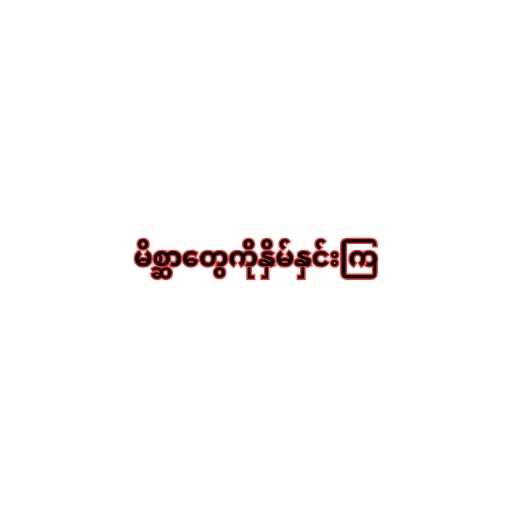
မိစ္ဆာတွေကိုနှိမ်နှင်းကြ